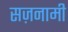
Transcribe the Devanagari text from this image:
सज़नामी